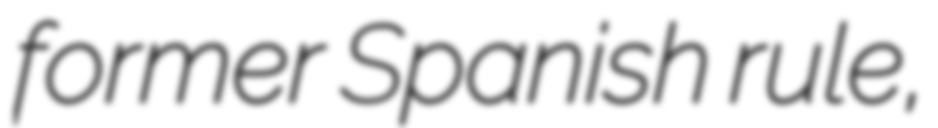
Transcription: former Spanish rule,